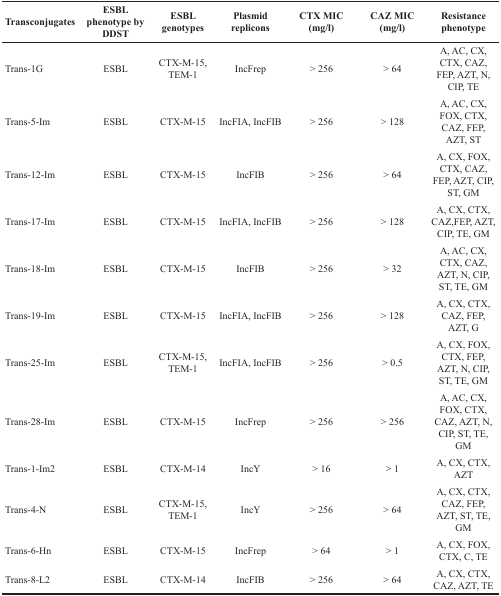
<table><thead><tr><td><b>Transconjugates</b></td><td><b>ESBL phenotype by DDST</b></td><td><b>ESBL genotypes</b></td><td><b>Plasmid replicons</b></td><td><b>CTX MIC (mg/l)</b></td><td><b>CAZ MIC (mg/l)</b></td><td><b>Resistance phenotype</b></td></tr></thead><tbody><tr><td>Trans-1G</td><td>ESBL</td><td>CTX-M-15, TEM-1</td><td>IncFrep</td><td>&gt; 256</td><td>&gt; 64</td><td>A, AC, CX, CTX, CAZ, FEP, AZT, N, CIP, TE</td></tr><tr><td>Trans-5-Im</td><td>ESBL</td><td>CTX-M-15</td><td>IncFIA, IncFIB</td><td>&gt; 256</td><td>&gt; 128</td><td>A, AC, CX, FOX, CTX, CAZ, FEP, AZT, ST</td></tr><tr><td>Trans-12-Im</td><td>ESBL</td><td>CTX-M-15</td><td>IncFIB</td><td>&gt; 256</td><td>&gt; 64</td><td>A, CX, FOX, CTX, CAZ, FEP, AZT, CIP, ST, GM</td></tr><tr><td>Trans-17-Im</td><td>ESBL</td><td>CTX-M-15</td><td>IncFIA, IncFIB</td><td>&gt; 256</td><td>&gt; 128</td><td>A, CX, CTX, CAZ, FEP, AZT, CIP, TE, GM</td></tr><tr><td>Trans-18-Im</td><td>ESBL</td><td>CTX-M-15</td><td>IncFIB</td><td>&gt; 256</td><td>&gt; 32</td><td>A, AC, CX, CTX, CAZ, AZT, N, CIP, ST, TE, GM</td></tr><tr><td>Trans-19-Im</td><td>ESBL</td><td>CTX-M-15</td><td>IncFIA, IncFIB</td><td>&gt; 256</td><td>&gt; 128</td><td>A, CX, CTX, CAZ, FEP, AZT, G</td></tr><tr><td>Trans-25-Im</td><td>ESBL</td><td>CTX-M-15, TEM-1</td><td>IncFIA, IncFIB</td><td>&gt; 256</td><td>&gt; 0.5</td><td>A, CX, FOX, CTX, FEP, AZT, N, CIP, ST, TE, GM</td></tr><tr><td>Trans-28-Im</td><td>ESBL</td><td>CTX-M-15</td><td>IncFrep</td><td>&gt; 256</td><td>&gt; 256</td><td>A, AC, CX, FOX, CTX, CAZ, AZT, N, CIP, ST, TE, GM</td></tr><tr><td>Trans-1-Im2</td><td>ESBL</td><td>CTX-M-14</td><td>IncY</td><td>&gt; 16</td><td>&gt; 1</td><td>A, CX, CTX, AZT</td></tr><tr><td>Trans-4-N</td><td>ESBL</td><td>CTX-M-15, TEM-1</td><td>IncY</td><td>&gt; 256</td><td>&gt; 64</td><td>A, CX, CTX, CAZ, FEP, AZT, ST, TE, GM</td></tr><tr><td>Trans-6-Hn</td><td>ESBL</td><td>CTX-M-15</td><td>IncFrep</td><td>&gt; 64</td><td>&gt; 1</td><td>A, CX, FOX, CTX, C, TE</td></tr><tr><td>Trans-8-L2</td><td>ESBL</td><td>CTX-M-14</td><td>IncFIB</td><td>&gt; 256</td><td>&gt; 64</td><td>A, CX, CTX, CAZ, AZT, TE</td></tr></tbody></table>